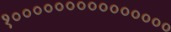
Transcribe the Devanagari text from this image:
१०००००००००००००००